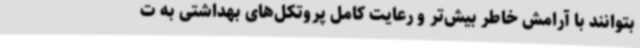
بتوانند با آرامش خاطر بیش‌تر و رعایت کامل پروتکل‌های بهداشتی به ت